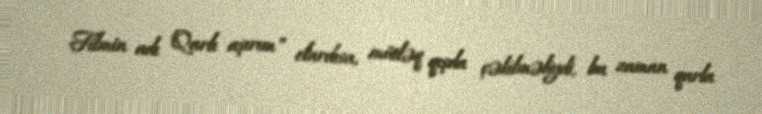
Filmin adı "Qarlı aşırım" olardısa, mütləq qışda çəkilməliydi, bu zaman qarla